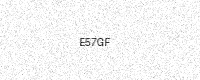
Text: E57GF